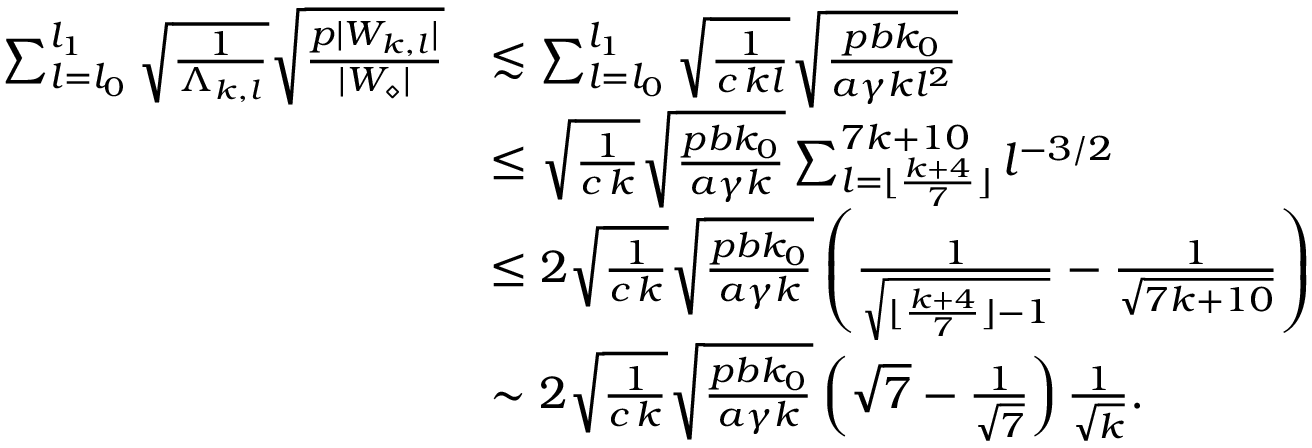
\begin{array} { r l } { \sum _ { l = l _ { 0 } } ^ { l _ { 1 } } \sqrt { \frac { 1 } { \Lambda _ { k , l } } } \sqrt { \frac { p | W _ { k , l } | } { | W _ { \diamond } | } } } & { \lesssim \sum _ { l = l _ { 0 } } ^ { l _ { 1 } } \sqrt { \frac { 1 } { c \, k l } } \sqrt { \frac { p b k _ { 0 } } { a \gamma k l ^ { 2 } } } } \\ & { \leq \sqrt { \frac { 1 } { c \, k } } \sqrt { \frac { p b k _ { 0 } } { a \gamma k } } \sum _ { l = \lfloor \frac { k + 4 } { 7 } \rfloor } ^ { 7 k + 1 0 } l ^ { - 3 / 2 } } \\ & { \leq 2 \sqrt { \frac { 1 } { c \, k } } \sqrt { \frac { p b k _ { 0 } } { a \gamma k } } \left( \frac { 1 } { \sqrt { \lfloor \frac { k + 4 } { 7 } \rfloor - 1 } } - \frac { 1 } { \sqrt { 7 k + 1 0 } } \right) } \\ & { \sim 2 \sqrt { \frac { 1 } { c \, k } } \sqrt { \frac { p b k _ { 0 } } { a \gamma k } } \left( \sqrt { 7 } - \frac { 1 } { \sqrt { 7 } } \right) \frac { 1 } { \sqrt { k } } . } \end{array}